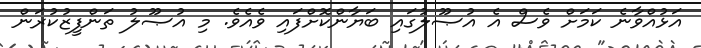
އަޅުއްވާނެ ކަމަށް ވެސް އެ އުޞޫލުގައި ބަޔާންކޮށްފައި ވެއެވެ. މި އުޞޫލު ތަންފީޒުކުރަން